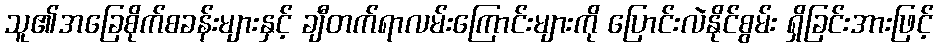
သူ၏အခြေစိုက်စခန်းများနှင့် ချီတက်ရာလမ်းကြောင်းများကို ပြောင်းလဲနိုင်စွမ်း ရှိခြင်းအားဖြင့်